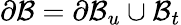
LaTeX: \partial\mathcal{B}=\partial\mathcal{B}_{u}\cup\mathcal{B}_{t}